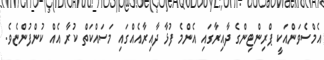
އެމްސެވަންއަކީ ޕްރިންޓިންގެ ދާއިރާގައި އެންމެ ފުޅާ ދާއިރާއެއްގައި މަސައްކަތް ކުރާ އެއް ކުންފުންޏެވެ.